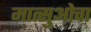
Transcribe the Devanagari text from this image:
मात्सुओचा